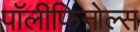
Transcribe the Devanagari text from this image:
पॉलीफिनोल्स